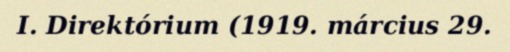
I. Direktórium (1919. március 29.